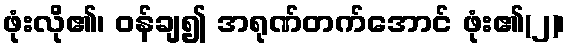
ဖုံးလို၏၊ ဝန်ချ၍ အရုဏ်တက်အောင် ဖုံး၏(၂)၊